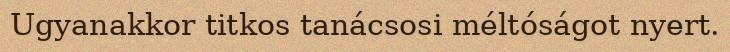
Ugyanakkor titkos tanácsosi méltóságot nyert.